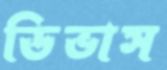
ডিভাস